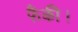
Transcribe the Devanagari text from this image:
फैंकी।